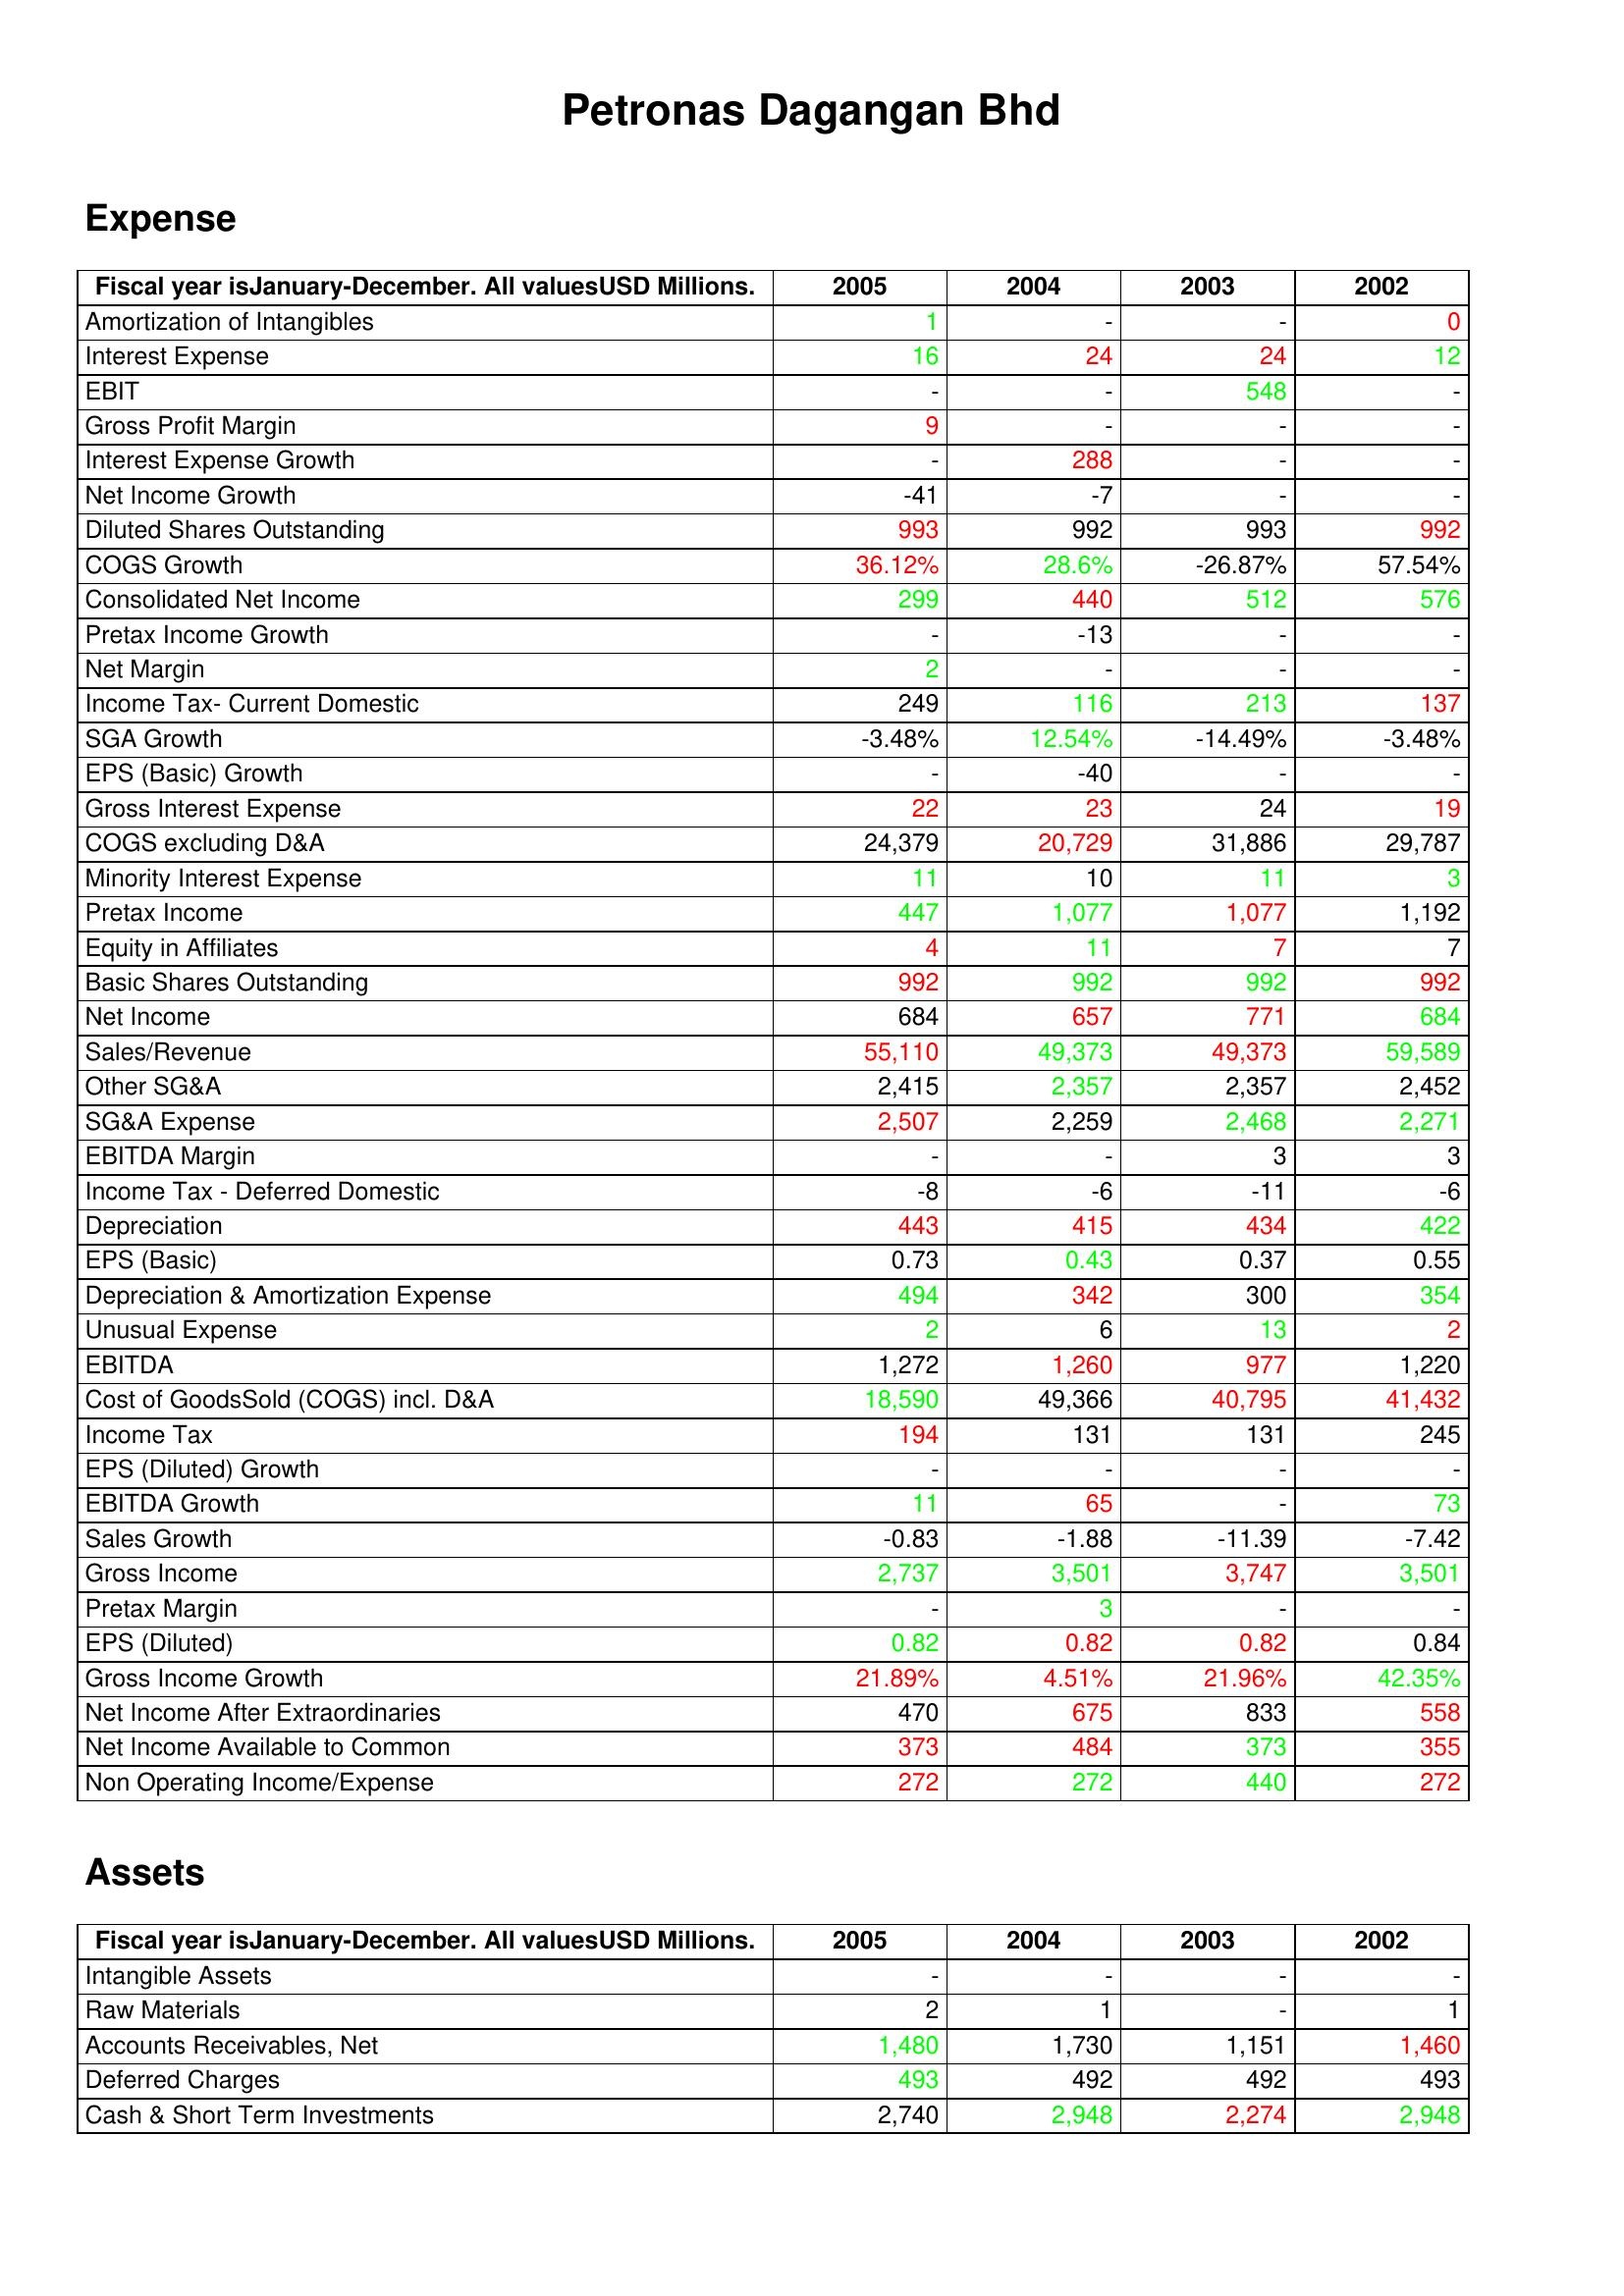
gt_parse: 2005: Expense: Amortization of Intangibles: 1
Interest Expense: 16
EBIT: -
Gross Profit Margin: 9
Interest Expense Growth: -
Net Income Growth: -41
Diluted Shares Outstanding: 993
COGS Growth: 36.12%
Consolidated Net Income: 299
Pretax Income Growth: -
Net Margin: 2
Income Tax- Current Domestic: 249
SGA Growth: -3.48%
EPS (Basic) Growth: -
Gross Interest Expense: 22
COGS excluding D&A: 24,379
Minority Interest Expense: 11
Pretax Income: 447
Equity in Affiliates: 4
Basic Shares Outstanding: 992
Net Income: 684
Sales/Revenue: 55,110
Other SG&A: 2,415
SG&A Expense: 2,507
EBITDA Margin: -
Income Tax - Deferred Domestic: -8
Depreciation: 443
EPS (Basic): 0.73
Depreciation & Amortization Expense: 494
Unusual Expense: 2
EBITDA: 1,272
Cost of GoodsSold (COGS) incl. D&A: 18,590
Income Tax: 194
EPS (Diluted) Growth: -
EBITDA Growth: 11
Sales Growth: -0.83
Gross Income: 2,737
Pretax Margin: -
EPS (Diluted): 0.82
Gross Income Growth: 21.89%
Net Income After Extraordinaries: 470
Net Income Available to Common: 373
Non Operating Income/Expense: 272
Assets: Intangible Assets: -
Raw Materials: 2
Accounts Receivables, Net: 1,480
Deferred Charges: 493
Cash & Short Term Investments: 2,740
2004: Expense: Amortization of Intangibles: -
Interest Expense: 24
EBIT: -
Gross Profit Margin: -
Interest Expense Growth: 288
Net Income Growth: -7
Diluted Shares Outstanding: 992
COGS Growth: 28.6%
Consolidated Net Income: 440
Pretax Income Growth: -13
Net Margin: -
Income Tax- Current Domestic: 116
SGA Growth: 12.54%
EPS (Basic) Growth: -40
Gross Interest Expense: 23
COGS excluding D&A: 20,729
Minority Interest Expense: 10
Pretax Income: 1,077
Equity in Affiliates: 11
Basic Shares Outstanding: 992
Net Income: 657
Sales/Revenue: 49,373
Other SG&A: 2,357
SG&A Expense: 2,259
EBITDA Margin: -
Income Tax - Deferred Domestic: -6
Depreciation: 415
EPS (Basic): 0.43
Depreciation & Amortization Expense: 342
Unusual Expense: 6
EBITDA: 1,260
Cost of GoodsSold (COGS) incl. D&A: 49,366
Income Tax: 131
EPS (Diluted) Growth: -
EBITDA Growth: 65
Sales Growth: -1.88
Gross Income: 3,501
Pretax Margin: 3
EPS (Diluted): 0.82
Gross Income Growth: 4.51%
Net Income After Extraordinaries: 675
Net Income Available to Common: 484
Non Operating Income/Expense: 272
Assets: Intangible Assets: -
Raw Materials: 1
Accounts Receivables, Net: 1,730
Deferred Charges: 492
Cash & Short Term Investments: 2,948
2003: Expense: Amortization of Intangibles: -
Interest Expense: 24
EBIT: 548
Gross Profit Margin: -
Interest Expense Growth: -
Net Income Growth: -
Diluted Shares Outstanding: 993
COGS Growth: -26.87%
Consolidated Net Income: 512
Pretax Income Growth: -
Net Margin: -
Income Tax- Current Domestic: 213
SGA Growth: -14.49%
EPS (Basic) Growth: -
Gross Interest Expense: 24
COGS excluding D&A: 31,886
Minority Interest Expense: 11
Pretax Income: 1,077
Equity in Affiliates: 7
Basic Shares Outstanding: 992
Net Income: 771
Sales/Revenue: 49,373
Other SG&A: 2,357
SG&A Expense: 2,468
EBITDA Margin: 3
Income Tax - Deferred Domestic: -11
Depreciation: 434
EPS (Basic): 0.37
Depreciation & Amortization Expense: 300
Unusual Expense: 13
EBITDA: 977
Cost of GoodsSold (COGS) incl. D&A: 40,795
Income Tax: 131
EPS (Diluted) Growth: -
EBITDA Growth: -
Sales Growth: -11.39
Gross Income: 3,747
Pretax Margin: -
EPS (Diluted): 0.82
Gross Income Growth: 21.96%
Net Income After Extraordinaries: 833
Net Income Available to Common: 373
Non Operating Income/Expense: 440
Assets: Intangible Assets: -
Raw Materials: -
Accounts Receivables, Net: 1,151
Deferred Charges: 492
Cash & Short Term Investments: 2,274
2002: Expense: Amortization of Intangibles: 0
Interest Expense: 12
EBIT: -
Gross Profit Margin: -
Interest Expense Growth: -
Net Income Growth: -
Diluted Shares Outstanding: 992
COGS Growth: 57.54%
Consolidated Net Income: 576
Pretax Income Growth: -
Net Margin: -
Income Tax- Current Domestic: 137
SGA Growth: -3.48%
EPS (Basic) Growth: -
Gross Interest Expense: 19
COGS excluding D&A: 29,787
Minority Interest Expense: 3
Pretax Income: 1,192
Equity in Affiliates: 7
Basic Shares Outstanding: 992
Net Income: 684
Sales/Revenue: 59,589
Other SG&A: 2,452
SG&A Expense: 2,271
EBITDA Margin: 3
Income Tax - Deferred Domestic: -6
Depreciation: 422
EPS (Basic): 0.55
Depreciation & Amortization Expense: 354
Unusual Expense: 2
EBITDA: 1,220
Cost of GoodsSold (COGS) incl. D&A: 41,432
Income Tax: 245
EPS (Diluted) Growth: -
EBITDA Growth: 73
Sales Growth: -7.42
Gross Income: 3,501
Pretax Margin: -
EPS (Diluted): 0.84
Gross Income Growth: 42.35%
Net Income After Extraordinaries: 558
Net Income Available to Common: 355
Non Operating Income/Expense: 272
Assets: Intangible Assets: -
Raw Materials: 1
Accounts Receivables, Net: 1,460
Deferred Charges: 493
Cash & Short Term Investments: 2,948